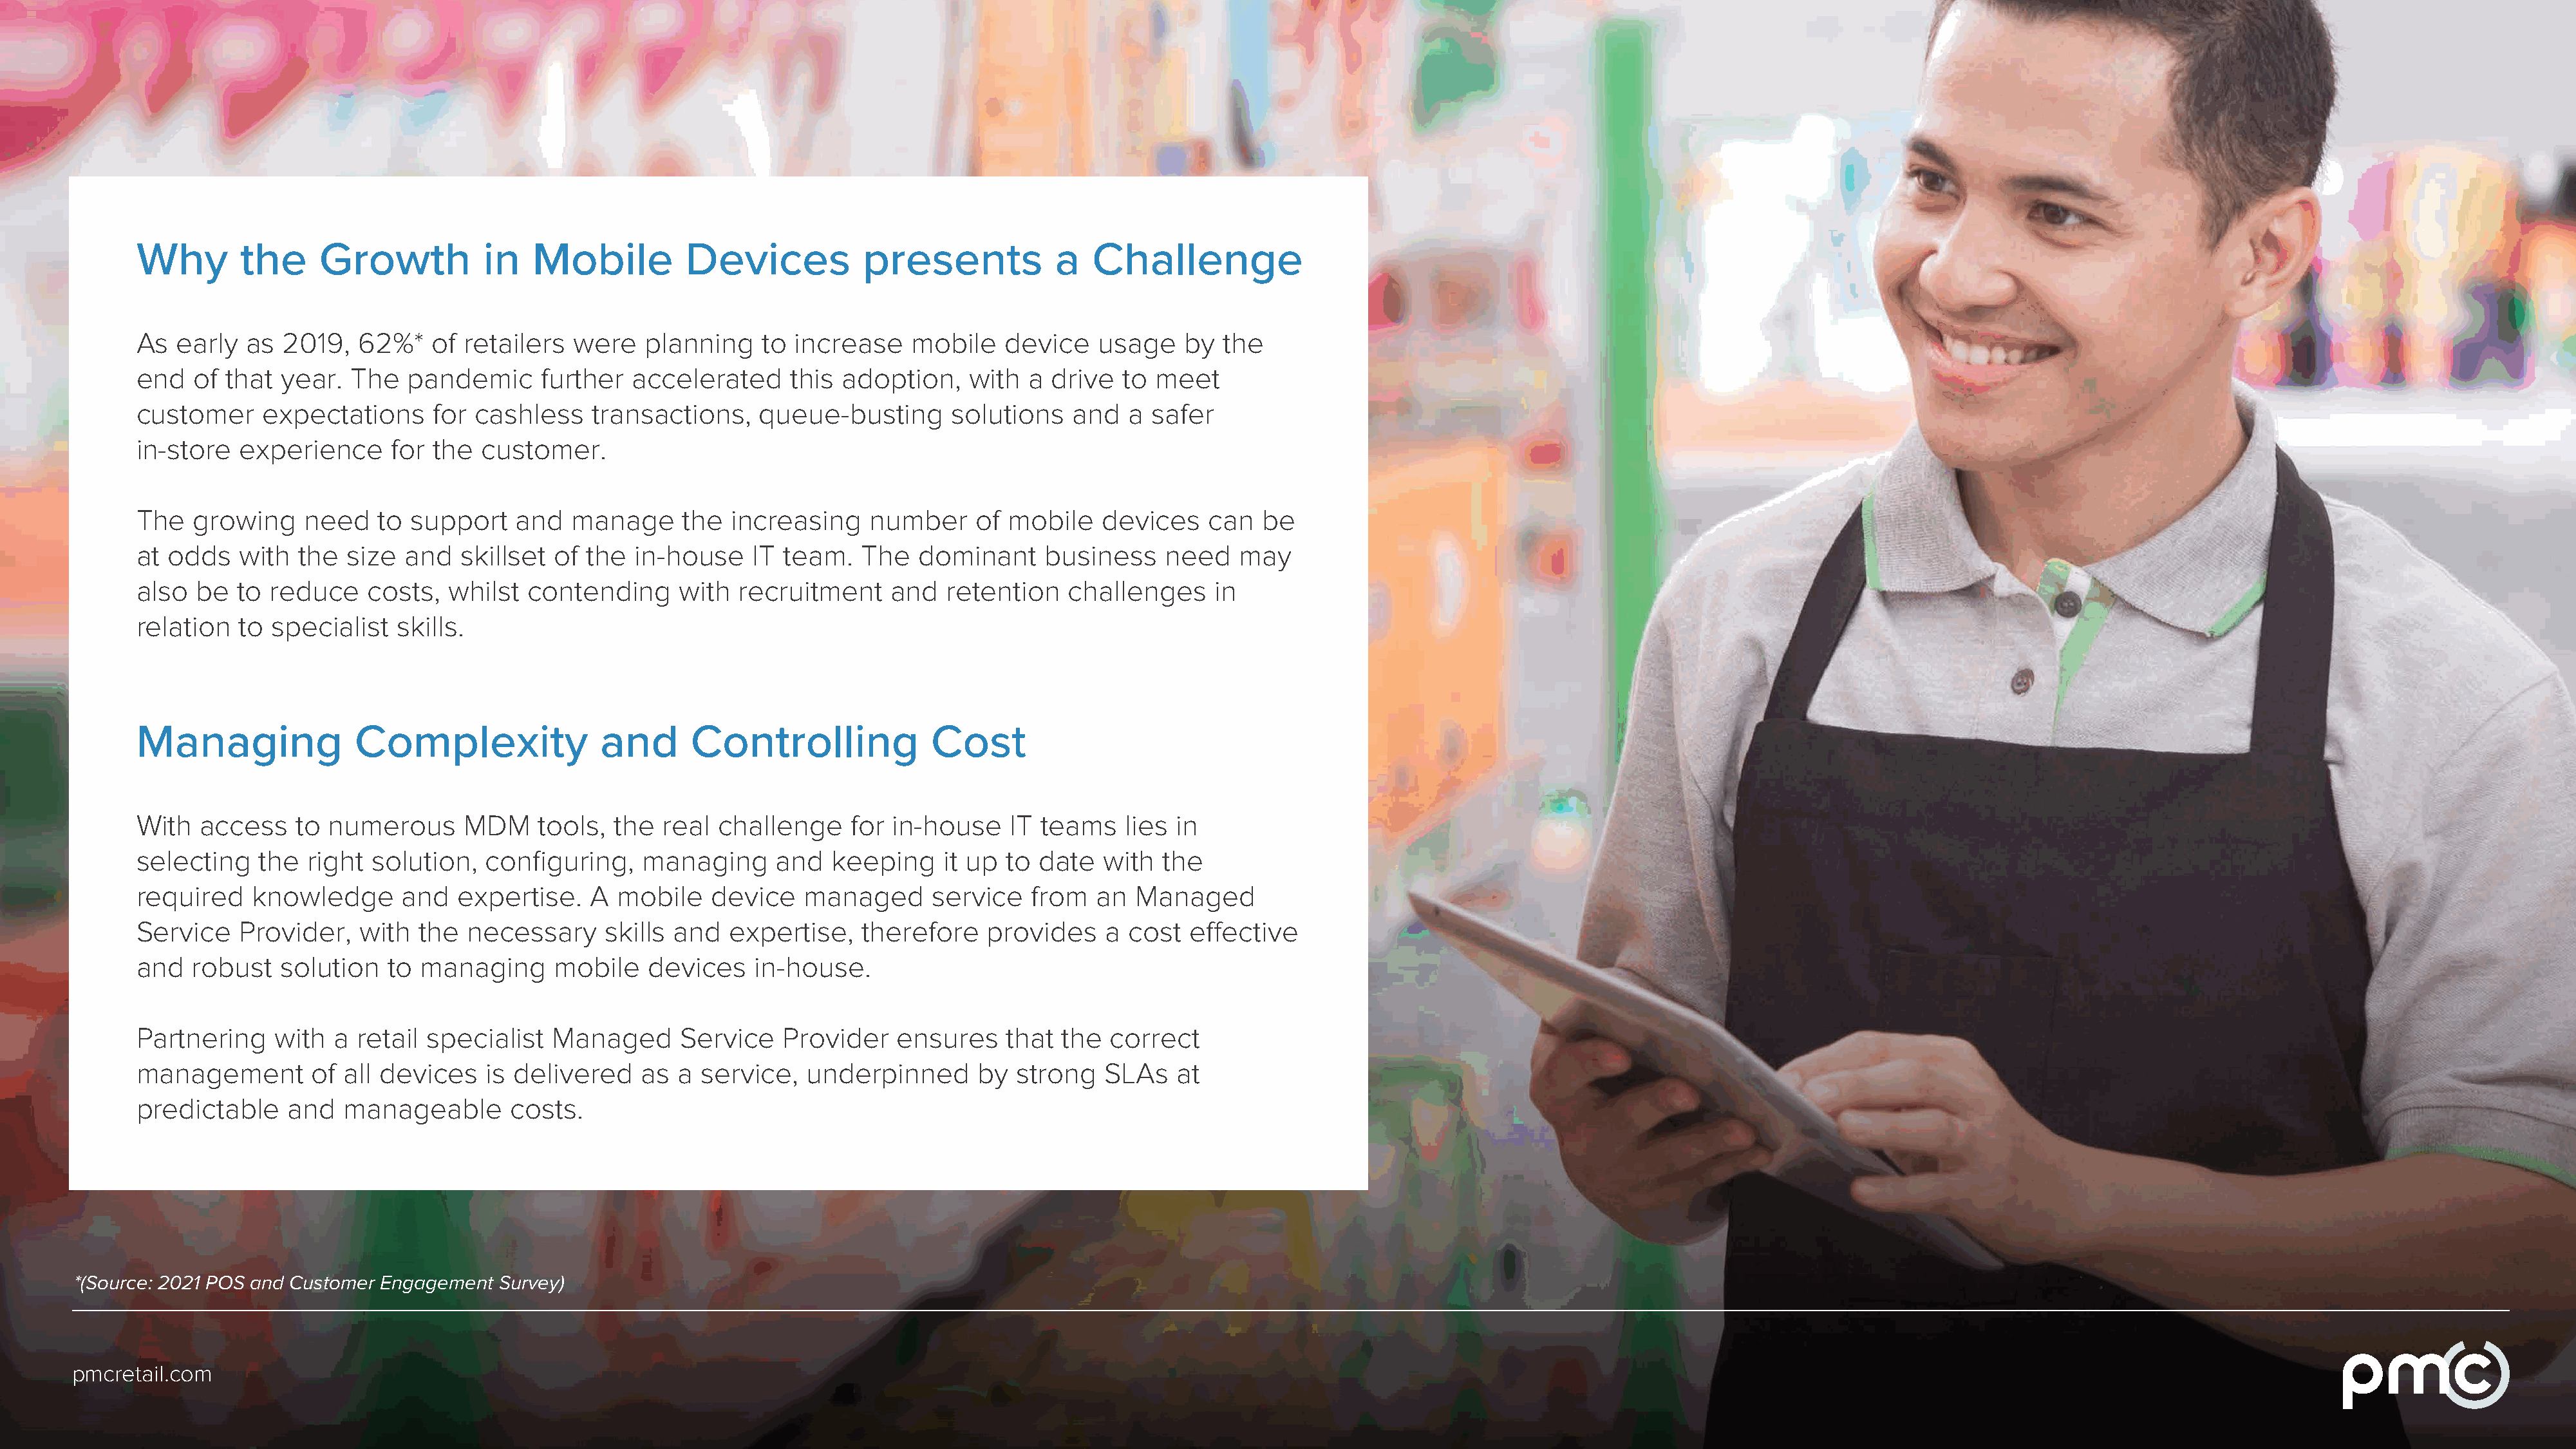
Why        the     Growth           in   Mobile         Devices            presents           a   Challenge
 As  early  as  2019,   62%*   of  retailers  were   planning    to  increase    mobile   device    usage    by  the
 end   of that  year.  The   pandemic      further  accelerated     this  adoption,    with  a drive  to  meet
 customer     expectations      for cashless    transactions,    queue-busting       solutions   and   a safer
 in-store   experience     for  the  customer.
 The   growing    need    to support    and   manage     the  increasing    number     of  mobile   devices    can   be
 at odds    with  the  size  and  skillset  of the  in-house    IT  team.   The  dominant     business     need   may
 also  be  to  reduce    costs,  whilst  contending      with  recruitment     and  retention    challenges     in
 relation   to specialist   skills.
 Managing              Complexity                and      Controlling              Cost
 With   access   to  numerous      MDM    tools,  the  real  challenge    for  in-house    IT teams    lies in
 selecting    the  right solution,   configuring,    managing      and   keeping    it up to  date  with   the
 required    knowledge      and   expertise.    A mobile    device    managed      service   from   an  Managed
 Service    Provider,   with  the  necessary     skills and   expertise,    therefore   provides     a cost  effective
 and   robust   solution   to managing      mobile    devices    in-house.
 Partnering    with  a  retail specialist   Managed      Service   Provider    ensures    that  the  correct
 management        of all devices    is delivered    as  a service,   underpinned       by strong    SLAs   at
 predictable     and  manageable       costs.
 *(Source: 2021 POS and Customer Engagement Survey)
 pmcretail.com                                                                                                                                                    https://www.pmcretail.com?utm_campaign=MDM&utm_source=Guide